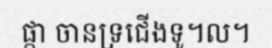
ផ្កា ចានទ្រជើងទូ។ល។